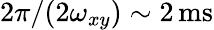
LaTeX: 2\pi/(2\omega_{xy})\sim 2\, \mathrm{ms}